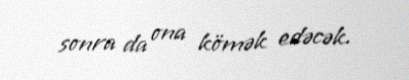
sonra da ona kömək edəcək.